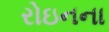
રોઇનના